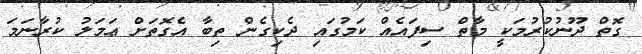
ގޮތް ދޫނުކުރުމަކީ މާތް ސިފައެއް ކަމުގައި ދެކިގެން ތިބާ އެގޮތަށް ޢަމަލު ކުރާނަމަ